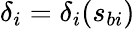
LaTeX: \delta_{i}=\delta_{i}(s_{bi})